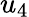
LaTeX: u_{4}